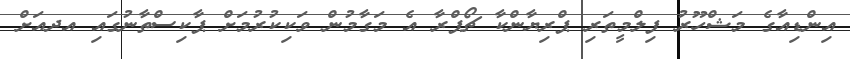
އިންޑިއާގެ މަޝްހޫރު ފިލްމީތަރި ޕްރިޔާންކާ ޗޯޕްރާ އެ މަގާމުން ވަކިކުރުމަށް ޕާކިސްތާނުގައި އދއަށް